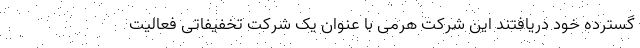
گسترده خود دریافتند این شرکت هرمی با عنوان یک شرکت تخفیفاتی فعالیت